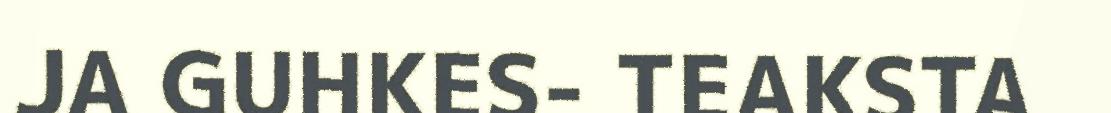
JA GUHKES- TEAKSTA